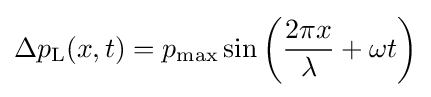
\Delta p_{\text{L}}(x,t)=p_{\text{max}}\sin \left({2\pi x \over \lambda }+\omega t\right)